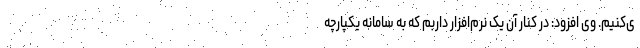
ی‌کنیم. وی افزود: در کنار آن یک نرم‌افزار داربم که به سامانه یکپارچه